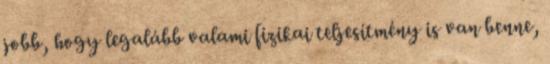
jobb, hogy legalább valami fizikai teljesítmény is van benne,